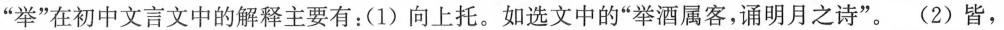
”举”在初中文言文中的解释主要有：(1) 向上托。如选文中的”举酒属客，诵明月之诗”。(2) 皆，